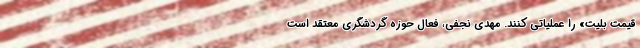
قیمت بلیت» را عملیاتی کنند. مهدی نجفی، فعال حوزه گردشگری معتقد است